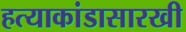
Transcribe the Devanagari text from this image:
हत्याकांडासारखी